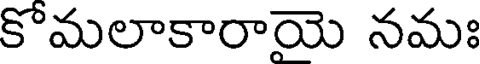
కొమలాకారాయె నమః